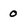
Character: 0